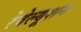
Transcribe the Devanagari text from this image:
रेवेल्यूशन